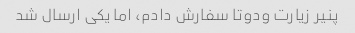
پنیر زیارت ودوتا سفارش دادم‌، اما یکی ارسال شد